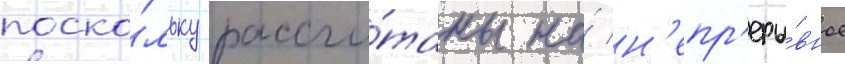
поско́льку рассчи́таны на́ н'епр'еры́вное